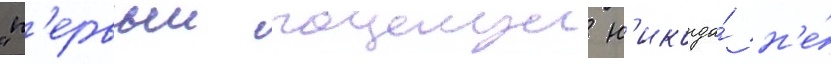
"п'ервыи поцелуи н'икогда́ н'е́